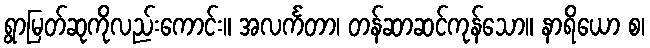
ရွာမြတ်ဆုကိုလည်းကောင်း။ အလင်္ကတာ၊ တန်ဆာဆင်ကုန်သော။ နာရိယော စ၊